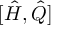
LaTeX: [ { \hat { H } } , { \hat { Q } } ]